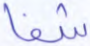
شفا